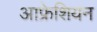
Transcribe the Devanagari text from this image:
आफ्रेशियन